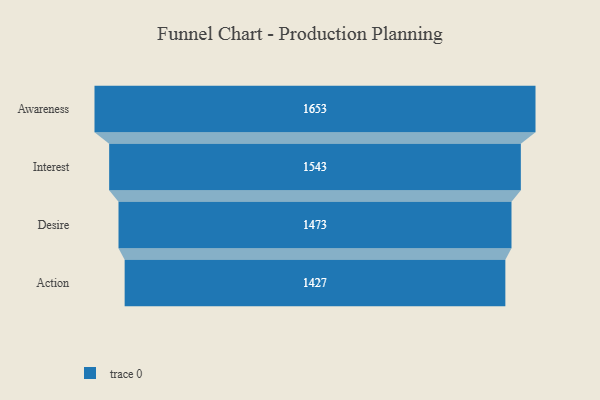
{"axis": {"x": "Stage", "y": "Value"}, "legend": [""], "data": [{"x": "Awareness", "y": 1653.0, "type": ""}, {"x": "Interest", "y": 1543.0, "type": ""}, {"x": "Desire", "y": 1473.0, "type": ""}, {"x": "Action", "y": 1427.0, "type": ""}]}